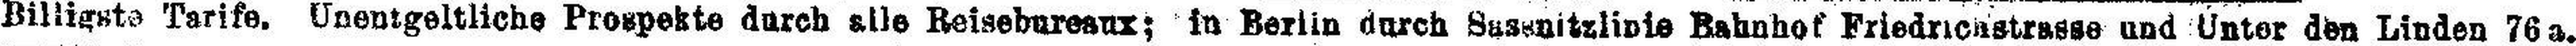
Billigste Tarife, Unentgeltliche Prospekte durch alle Reisebureaux; in Berlin durch Susanitzlipie Bahnhof Friedrichstrasse und Unter den Linden 76 a.